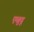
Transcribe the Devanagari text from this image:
एळुदू